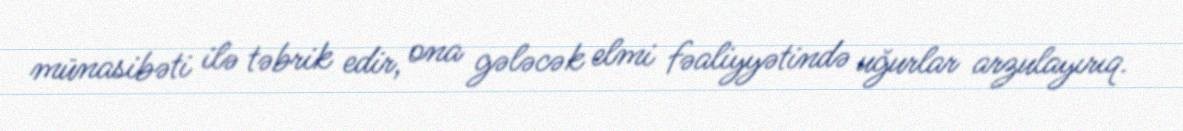
münasibəti ilə təbrik edir, ona gələcək elmi fəaliyyətində uğurlar arzulayırıq.